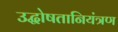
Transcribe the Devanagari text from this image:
उद्घोषतानियंत्रण